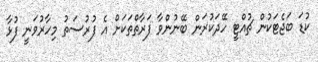
ކުޑަ ބަޖެޓަކުން ޗުއްޓީ ހޭދަކުރަން ބޭނުންވާ ފަރާތްތަކަށް އެ ފުރުސަތު މިހާރުވަނީ ފުޅާ